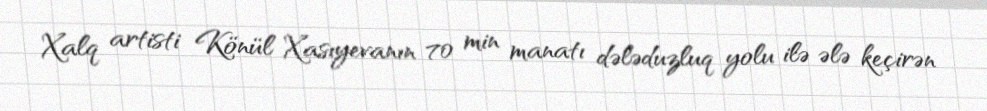
Xalq artisti Könül Xasıyevanın 70 min manatı dələduzluq yolu ilə ələ keçirən